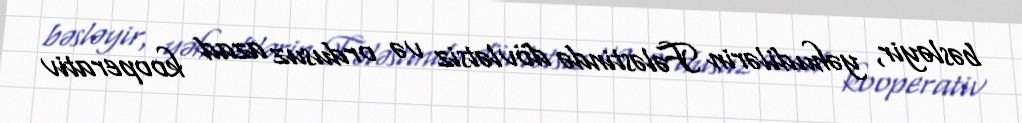
bəsləyir, yəhudilərin Fələstində dövlətsiz və ordusuz azad kooperativ